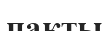
пакты